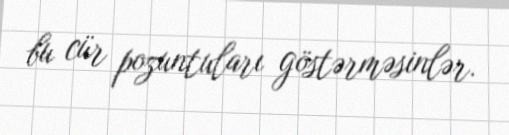
bu cür pozuntuları göstərməsinlər.